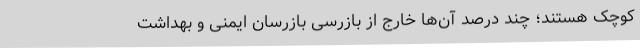
کوچک هستند؛ چند درصد آن‌ها خارج از بازرسیِ بازرسان ایمنی و بهداشت